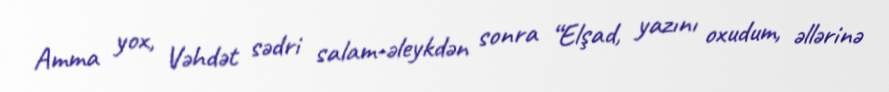
Amma yox, Vəhdət sədri salam-əleykdən sonra “Elşad, yazını oxudum, əllərinə